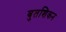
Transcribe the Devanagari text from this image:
बुतशिकन